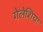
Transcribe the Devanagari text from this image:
गेलेशिया